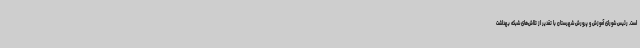
است. رئیس شورای آموزش و پرورش شهرستان با تقدیر از تلاش‌های شبکه بهداشت